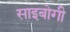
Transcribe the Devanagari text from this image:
साइबोगी